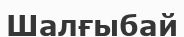
Шалғыбай